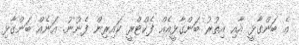
އެ ބަންގާޅީ އާއި އިތުރު ބަންގާޅީއެއް ފެކްޓްރީ ކައިރިން ފެނުނު. އަނެއް ބަންގާޅި